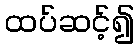
ထပ်ဆင့်၍